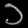
Digit: ၁